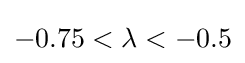
-0.75<\lambda <-0.5